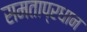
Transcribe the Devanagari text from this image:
समताप्रधान